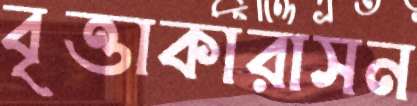
বৃত্তাকারাসন